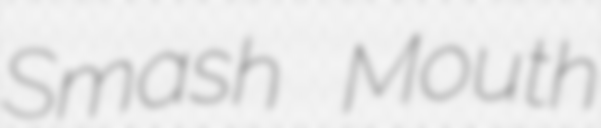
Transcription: Smash Mouth